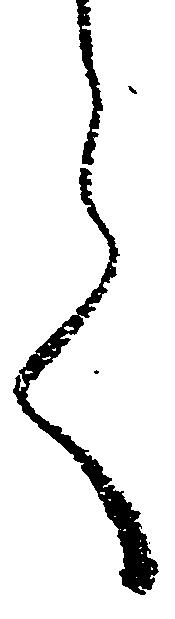
言